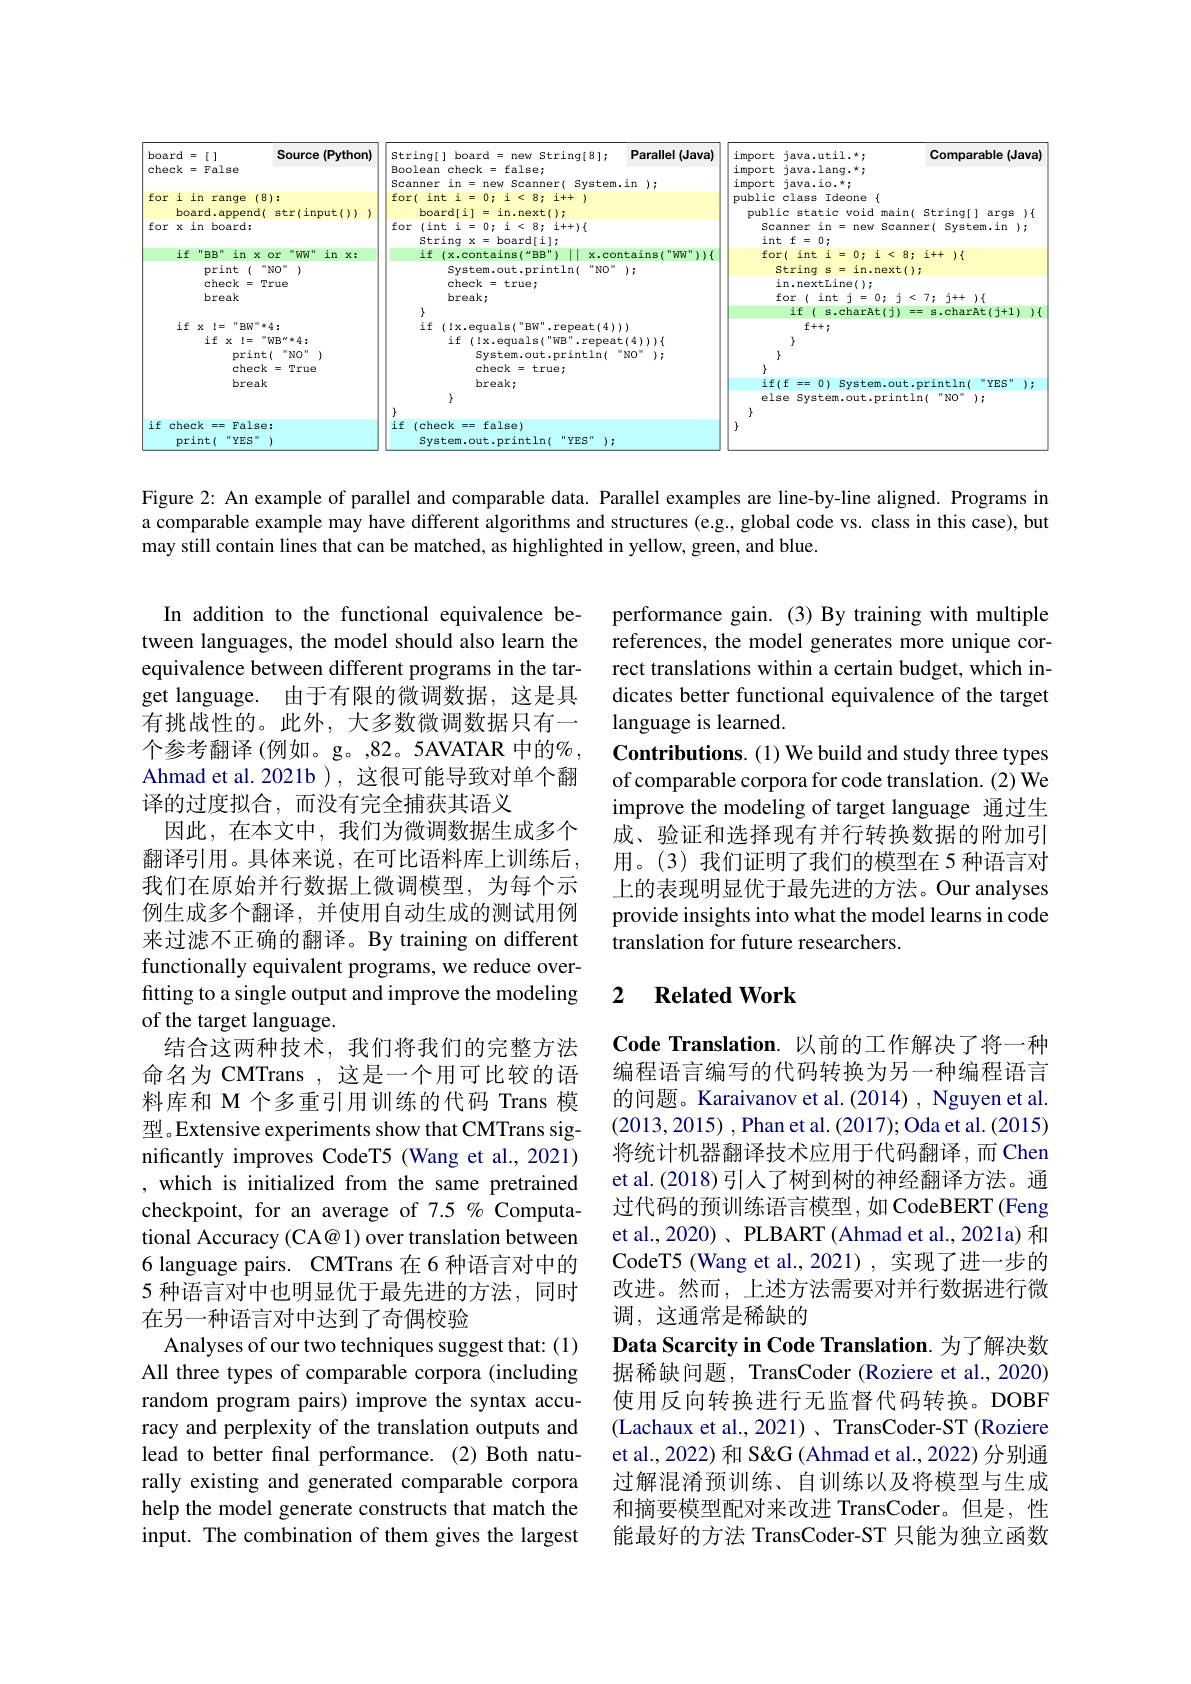
<FigureHere>

Figure 2: An example of parallel and comparable data. Parallel examples are line-by-line aligned. Programs in a comparable example may have different algorithms and structures (e.g., global code vs. class in this case), but may still contain lines that can be matched, as highlighted in yellow, green, and blue.

performance gain. (3) By training with multiple references, the model generates more unique correct translations within a certain budget, which indicates better functional equivalence of the target language is learned.
Contributions. (1) We build and study three types of comparable corpora for code translation. (2) We improve the modeling of target language 通过生成、验证和选择现有并行转换数据的附加引用。(3)我们证明了我们的模型在 5 种语言对上的表现明显优于最先进的方法。Our analyses provide insights into what the model learns in code translation for future researchers.

### 2 $\textbf{Related Work}$

In addition to the functional equivalence between languages, the model should also learn the equivalence between different programs in the target language. 由于有限的微调数据，这是具有挑战性的。此外，大多数微调数据只有一个参考翻译 (例如。g。,82。5AVATAR 中的% , Ahmad et al. 2021b ), 这很可能导致对单个翻译的过度拟合，而没有完全捕获其语义
因此，在本文中，我们为微调数据生成多个翻译引用。具体来说，在可比语料库上训练后， 我们在原始并行数据上微调模型，为每个示例生成多个翻译，并使用自动生成的测试用例来过滤不正确的翻译。By training on different functionally equivalent programs, we reduce overfitting to a single output and improve the modeling of the target language.
结合这两种技术，我们将我们的完整方法命名为 CMTrans , 这是一个用可比较的语料库和 M 个多重引用训练的代码 Trans 模型。Extensive experiments show that CMTrans significantly improves CodeT5 (Wang et al., 2021) ,which is initialized from the same pretrained checkpoint, for an average of 7.5 % Computational Accuracy (CA@ 1) over translation between 6 language pairs. CMTrans 在6 种语言对中的5 种语言对中也明显优于最先进的方法，同时在另一种语言对中达到了奇偶校验
Analyses of our two techniques suggest that: (1) All three types of comparable corpora (including random program pairs) improve the syntax accuracy and perplexity of the translation outputs and lead to better final performance.(2)Both naturally existing and generated comparable corpora help the model generate constructs that match the input. The combination of them gives the largest

Code Translation. 以前的工作解决了将一种编程语言编写的代码转换为另一种编程语言的问题。Karaivanov et al.(2014) , Nguyen et al. (2013,2015),Phan et al.(2017);Oda et al.(2015) 将统计机器翻译技术应用于代码翻译，而 Chen et al. (2018) 引人了树到树的神经翻译方法。通过代码的预训练语言模型，如 CodeBERT (Feng et al., 2020) 、PLBART (Ahmad et al., 2021a) 和CodeT5 (Wang et al.,2021),实现了进一步的改进。然而，上述方法需要对并行数据进行微调，这通常是稀缺的
Data Scarcity in Code Translation. 为了解决数据稀缺问题，TransCoder (Roziere et al., 2020) 使用反向转换进行无监督代码转换。DOBF (Lachaux et al., 2021) 、 TransCoder-ST (Roziere et al., 2022) 和 S&G (Ahmad et al., 2022) 分别通过解混淆预训练、自训练以及将模型与生成和摘要模型配对来改进 TransCoder。但是，性能最好的方法 TransCoder-ST 只能为独立函数